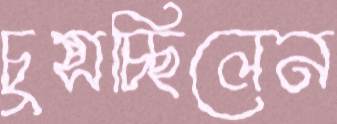
চুপ্‌সচ্ছিলেন